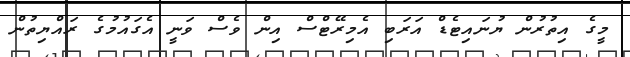
މީގެ އިތުރުން ޔުނައިޓެޑް އަރަބި އެމިރޭޓްސް އިން ވެސް ވަނީ އެގައުމުގެ ރައްޔިތުން